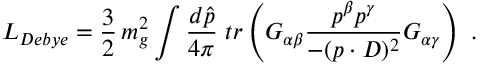
{ \cal L } _ { D e b y e } = \frac { 3 } { 2 } \, m _ { g } ^ { 2 } \int \frac { d \hat { p } } { 4 \pi } \; t r \left( G _ { \alpha \beta } \frac { p ^ { \beta } p ^ { \gamma } } { - ( p \cdot D ) ^ { 2 } } G _ { \alpha \gamma } \right) \; .